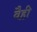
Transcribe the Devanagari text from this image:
वैही